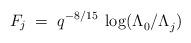
LaTeX: \begin{align*}F_{j} \; = \; q^{-8/15}\: \log(\Lambda_{0}^{}/\Lambda_{j}^{})\end{align*}